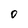
Character: O